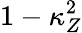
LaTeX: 1-\kappa_{Z}^{2}